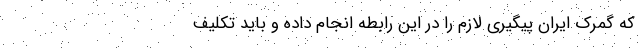
که گمرک ایران پیگیری لازم را در این رابطه انجام داده و باید تکلیف